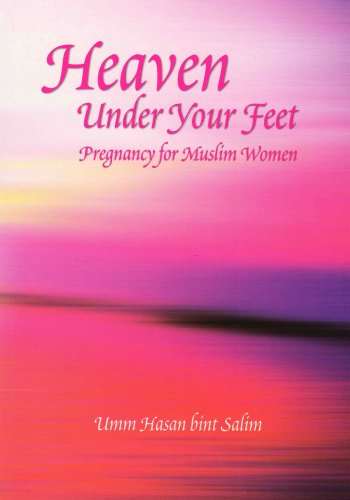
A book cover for Heaven Under Your Feet: Pregnancy for Muslim Women; Religion & Spirituality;